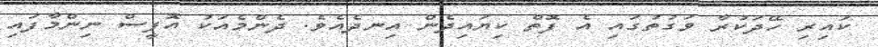
ކައިރި ހޭދަކުރާ ވަގުތުގައި އެ ފޮތް ކިޔައިދެން އިނދެއެވެ. ދެންމެއަކު އޮފީސް ނިންމާފައި